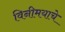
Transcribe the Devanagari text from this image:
विनीमयाचे